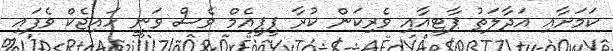
ކަމަށާއި އަދާލަތު ޕާޓީއާއި ވެރިކަން ކުރާ ޕީޕީއެމް ވެސް ވަނީ ހައިޖެކް ވެފައި